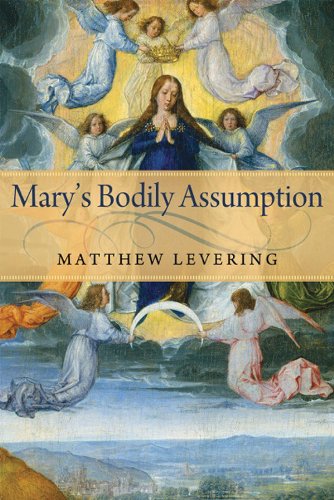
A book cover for Mary's Bodily Assumption; Matthew Levering; Christian Books & Bibles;